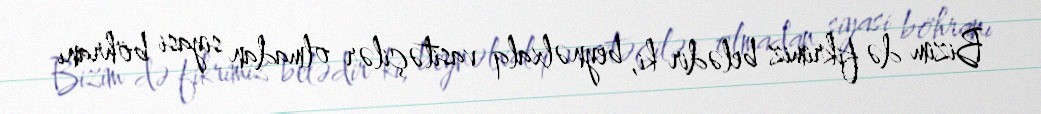
Bizim də fikrimiz belədir ki, beynəlxalq vasitəçilər olmadan siyasi böhranı